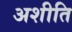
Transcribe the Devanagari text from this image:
अशीति